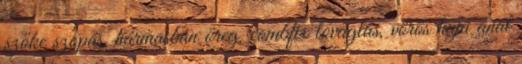
szőke szopás, hármasban öreg, combfix lovaglás, vörös hajú anal